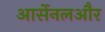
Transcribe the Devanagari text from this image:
आर्सेनलऔर